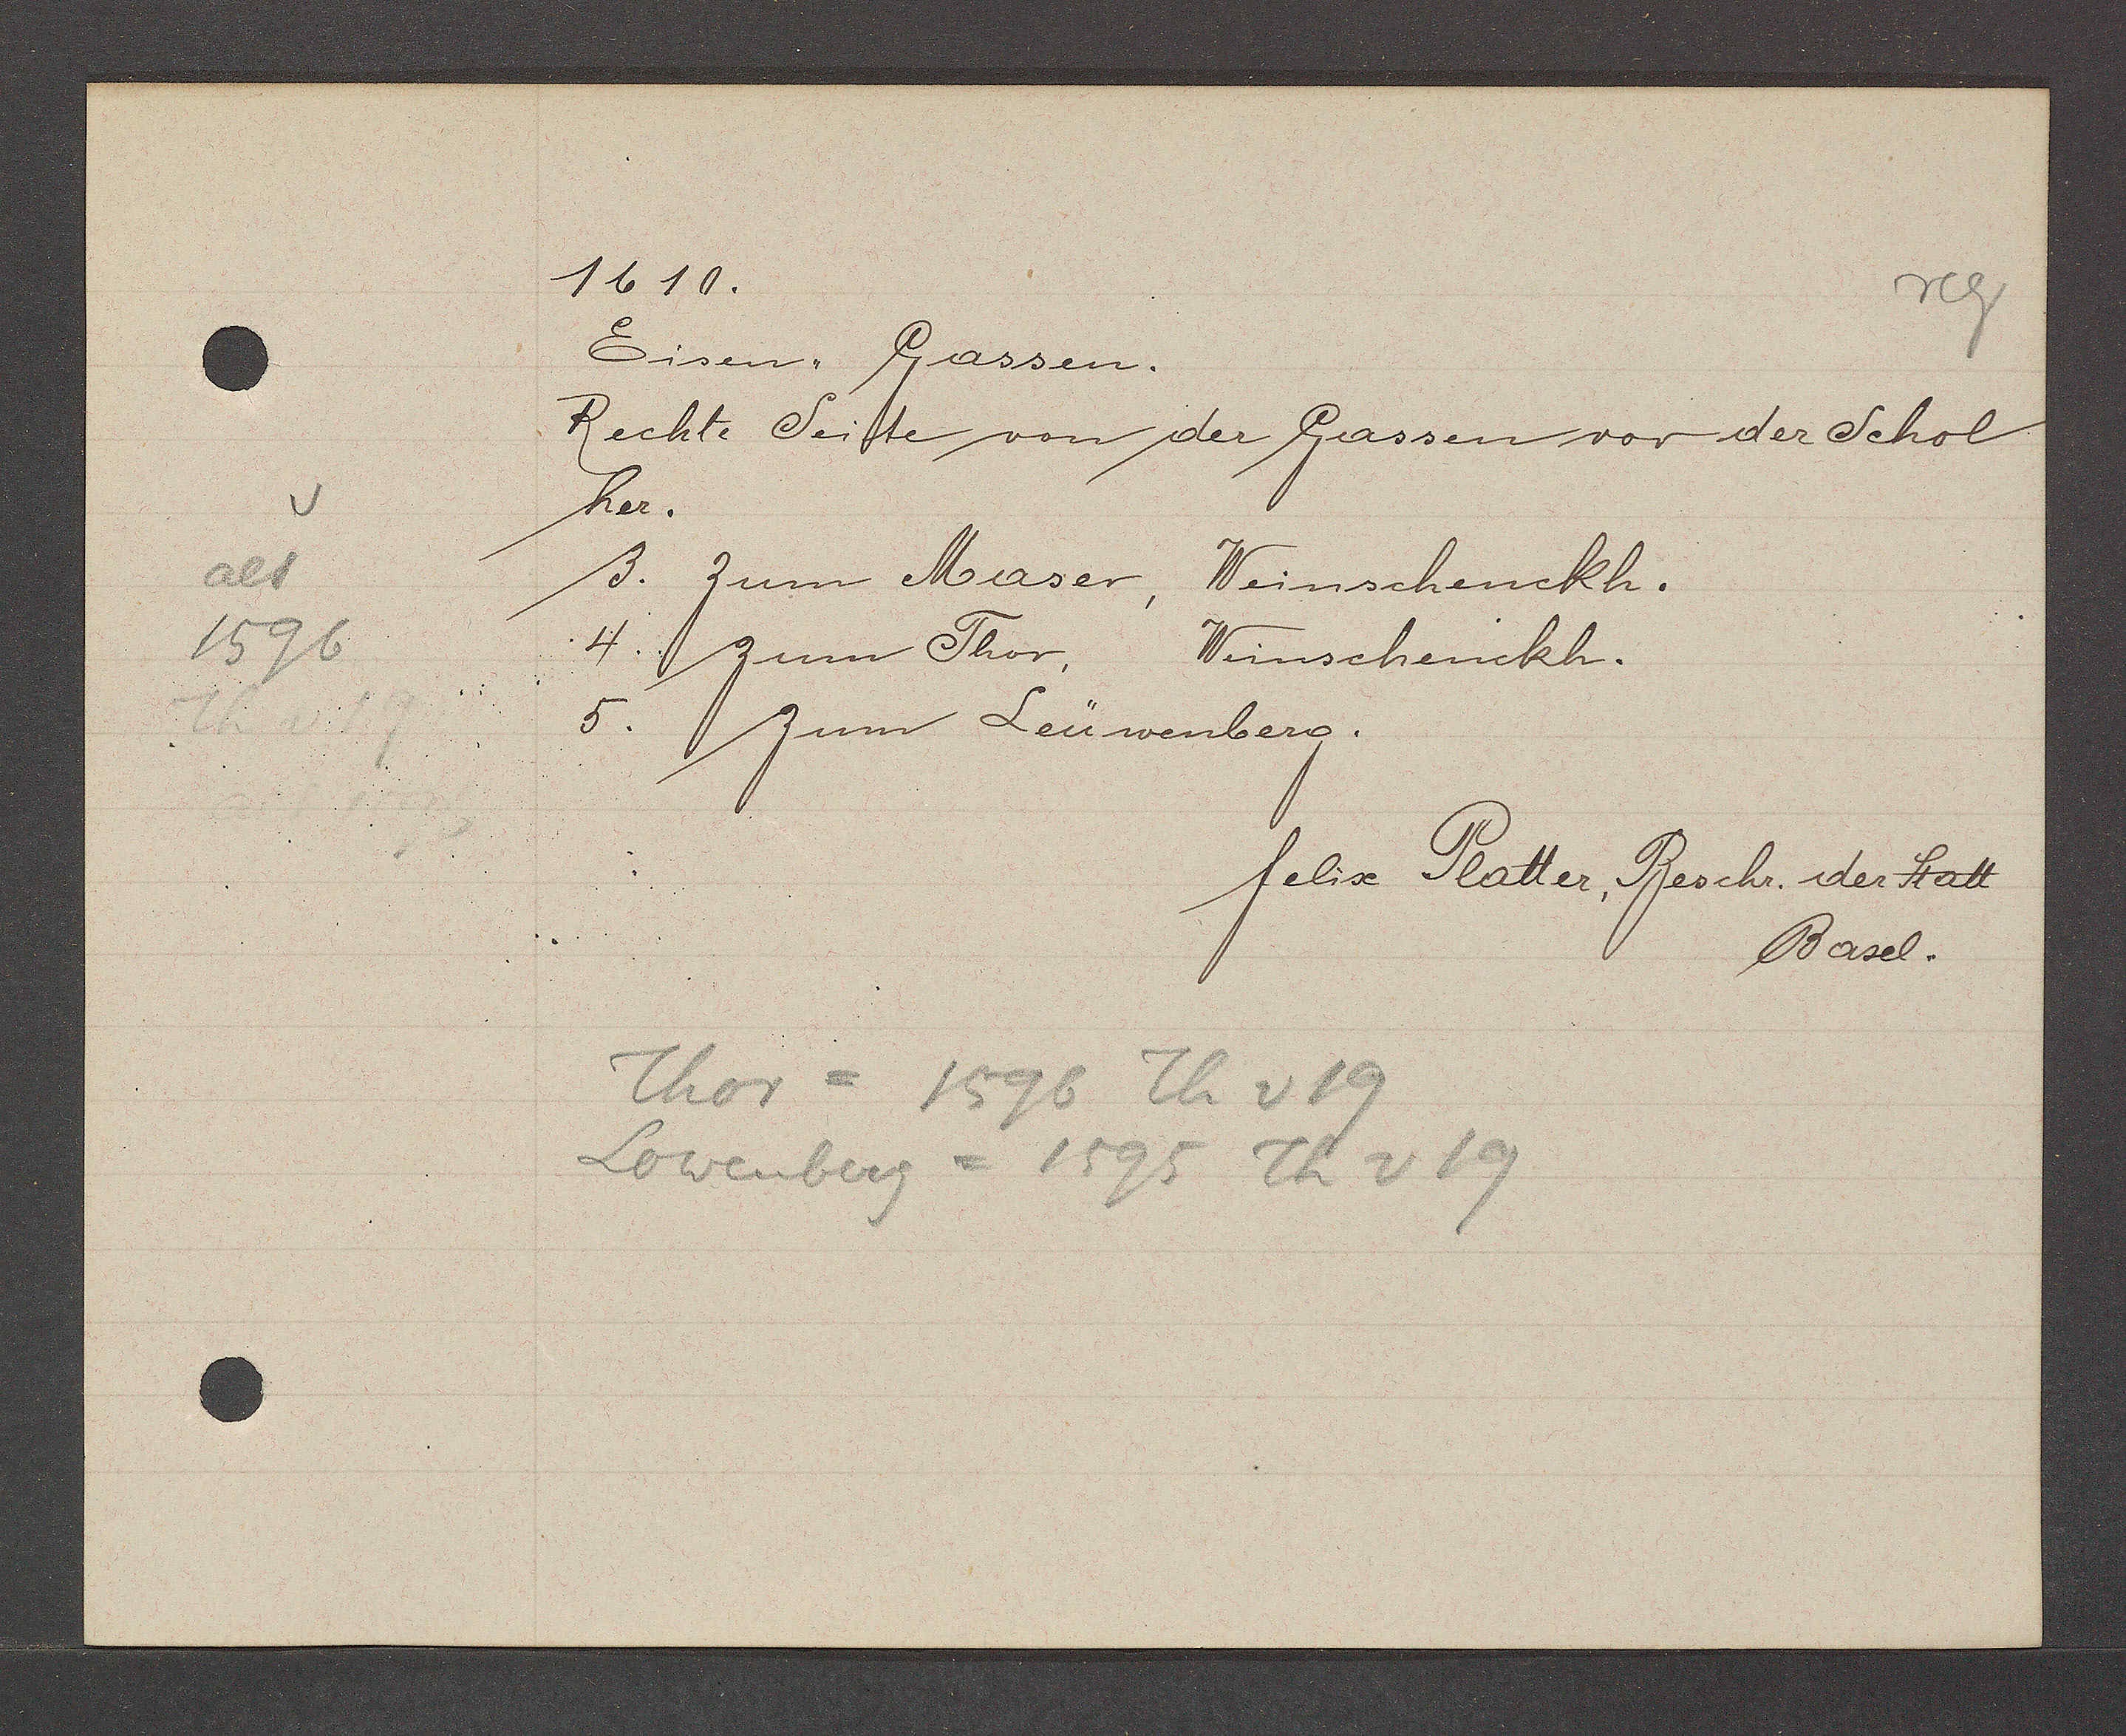
Transcript:
alt
1596

1610

Eisen- Gassen.
Rechte Seiste von der Gassen vor der Schol
her.
3. zum Maser, Weinschenckh.
4. zum Thor,
Weinschenckh.
5
zum Leüwenberg.

Thor = 1596 Th v 19
Lowenberg = 1595 Th v 19

felix Platter, Beschr. der Statt
Basel.